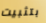
بتثبيت